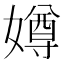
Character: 𫱵